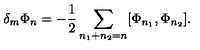
\delta _ { m } \Phi _ { n } = - \frac { 1 } { 2 } \sum _ { n _ { 1 } + n _ { 2 } = n } [ \Phi _ { n _ { 1 } } , \Phi _ { n _ { 2 } } ] .